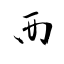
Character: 襾